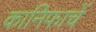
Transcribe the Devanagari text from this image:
कानिफाचें